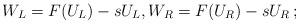
LaTeX: \begin{align*}W_L=F(U_L)-sU_L, W_R=F(U_R)-sU_R\,;\end{align*}